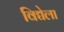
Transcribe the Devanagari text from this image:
विद्येला